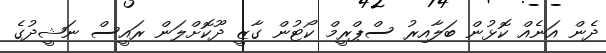
ދެން އަނެއް ކޮޅުން ބަލާއިރު ސްޕްރީމް ކޯޓުން ގާޒީ ދޫކޮށްލަން ރައީސް ނަޝީދުގެ